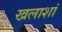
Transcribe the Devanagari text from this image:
खलाशां